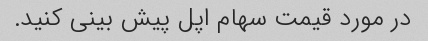
در مورد قیمت سهام اپل پیش بینی کنید.